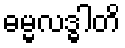
ဓမ္မလဒ္ဓါတိ